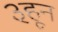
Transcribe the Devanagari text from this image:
३हून